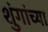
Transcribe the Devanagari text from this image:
शुंगांच्या